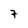
Character: 7